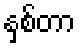
နှစ်တာ